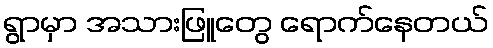
ရွာမှာ အသားဖြူတွေ ရောက်နေတယ်